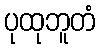
ပုထုဘူတံ